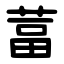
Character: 葍